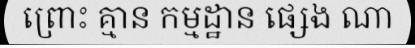
ព្រោះ គ្មាន កម្មដ្ឋាន ផ្សេង ណា